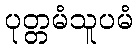
ပုတ္တမံသူပမံ